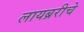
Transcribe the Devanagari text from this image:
लायब्ररीचे